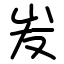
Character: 𡵢